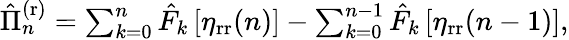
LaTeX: \begin{array}{r}{\hat{\Pi}_{n}^{\mathrm{(r)}}=\sum_{k=0}^{n}\hat{F}_{k}\left[\eta_{\mathrm{rr}}(n)\right]-\sum_{k=0}^{n-1}\hat{F}_{k}\left[\eta_{\mathrm{rr}}(n-1)\right],}\end{array}